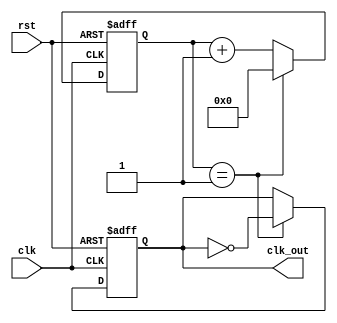
`timescale 1ns / 1ps
//////////////////////////////////////////////////////////////////////////////////
// Company: 
// Engineer: 
// 
// Design Name: 
// Module Name: clkgen
// Project Name: 
// Target Devices: 
// Tool Versions: 
// Description: 
// 
// Dependencies: 
// 
// Revision:
// Revision 0.01 - File Created
// Additional Comments:
// this is for even clk generation
//M=Freqin/Freqout   N=M/2
//////////////////////////////////////////////////////////////////////////////////



    module clkgen #(
    parameter N = 2,
        WIDTH = 7
    )
    (
        input clk,
        input rst,
        output reg clk_out
        );
    
    reg [WIDTH:0]counter;
    always @(posedge clk or posedge rst) begin
        if (rst) begin
            // reset
            counter <= 0;
        end
        else if (counter == N-1) begin
            counter <= 0;
        end
        else begin
            counter <= counter + 1;
        end
    end
    
    always @(posedge clk or posedge rst) begin
        if (rst) begin
            // reset
            clk_out <= 0;
        end
        else if (counter == N-1) begin
            clk_out <= !clk_out;
        end
    end
    
 

    
endmodule